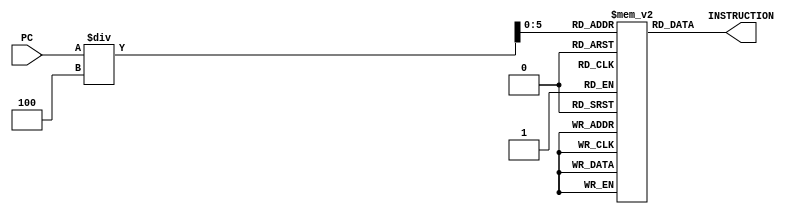
module instruction_memory(PC,INSTRUCTION);
input [31:0] PC;
output reg [31:0] INSTRUCTION;

reg [31:0] mem[0:63]; //depth is 64 entry each entry is 32 bit

always @ (*)begin
INSTRUCTION=mem[PC/4];
end

endmodule